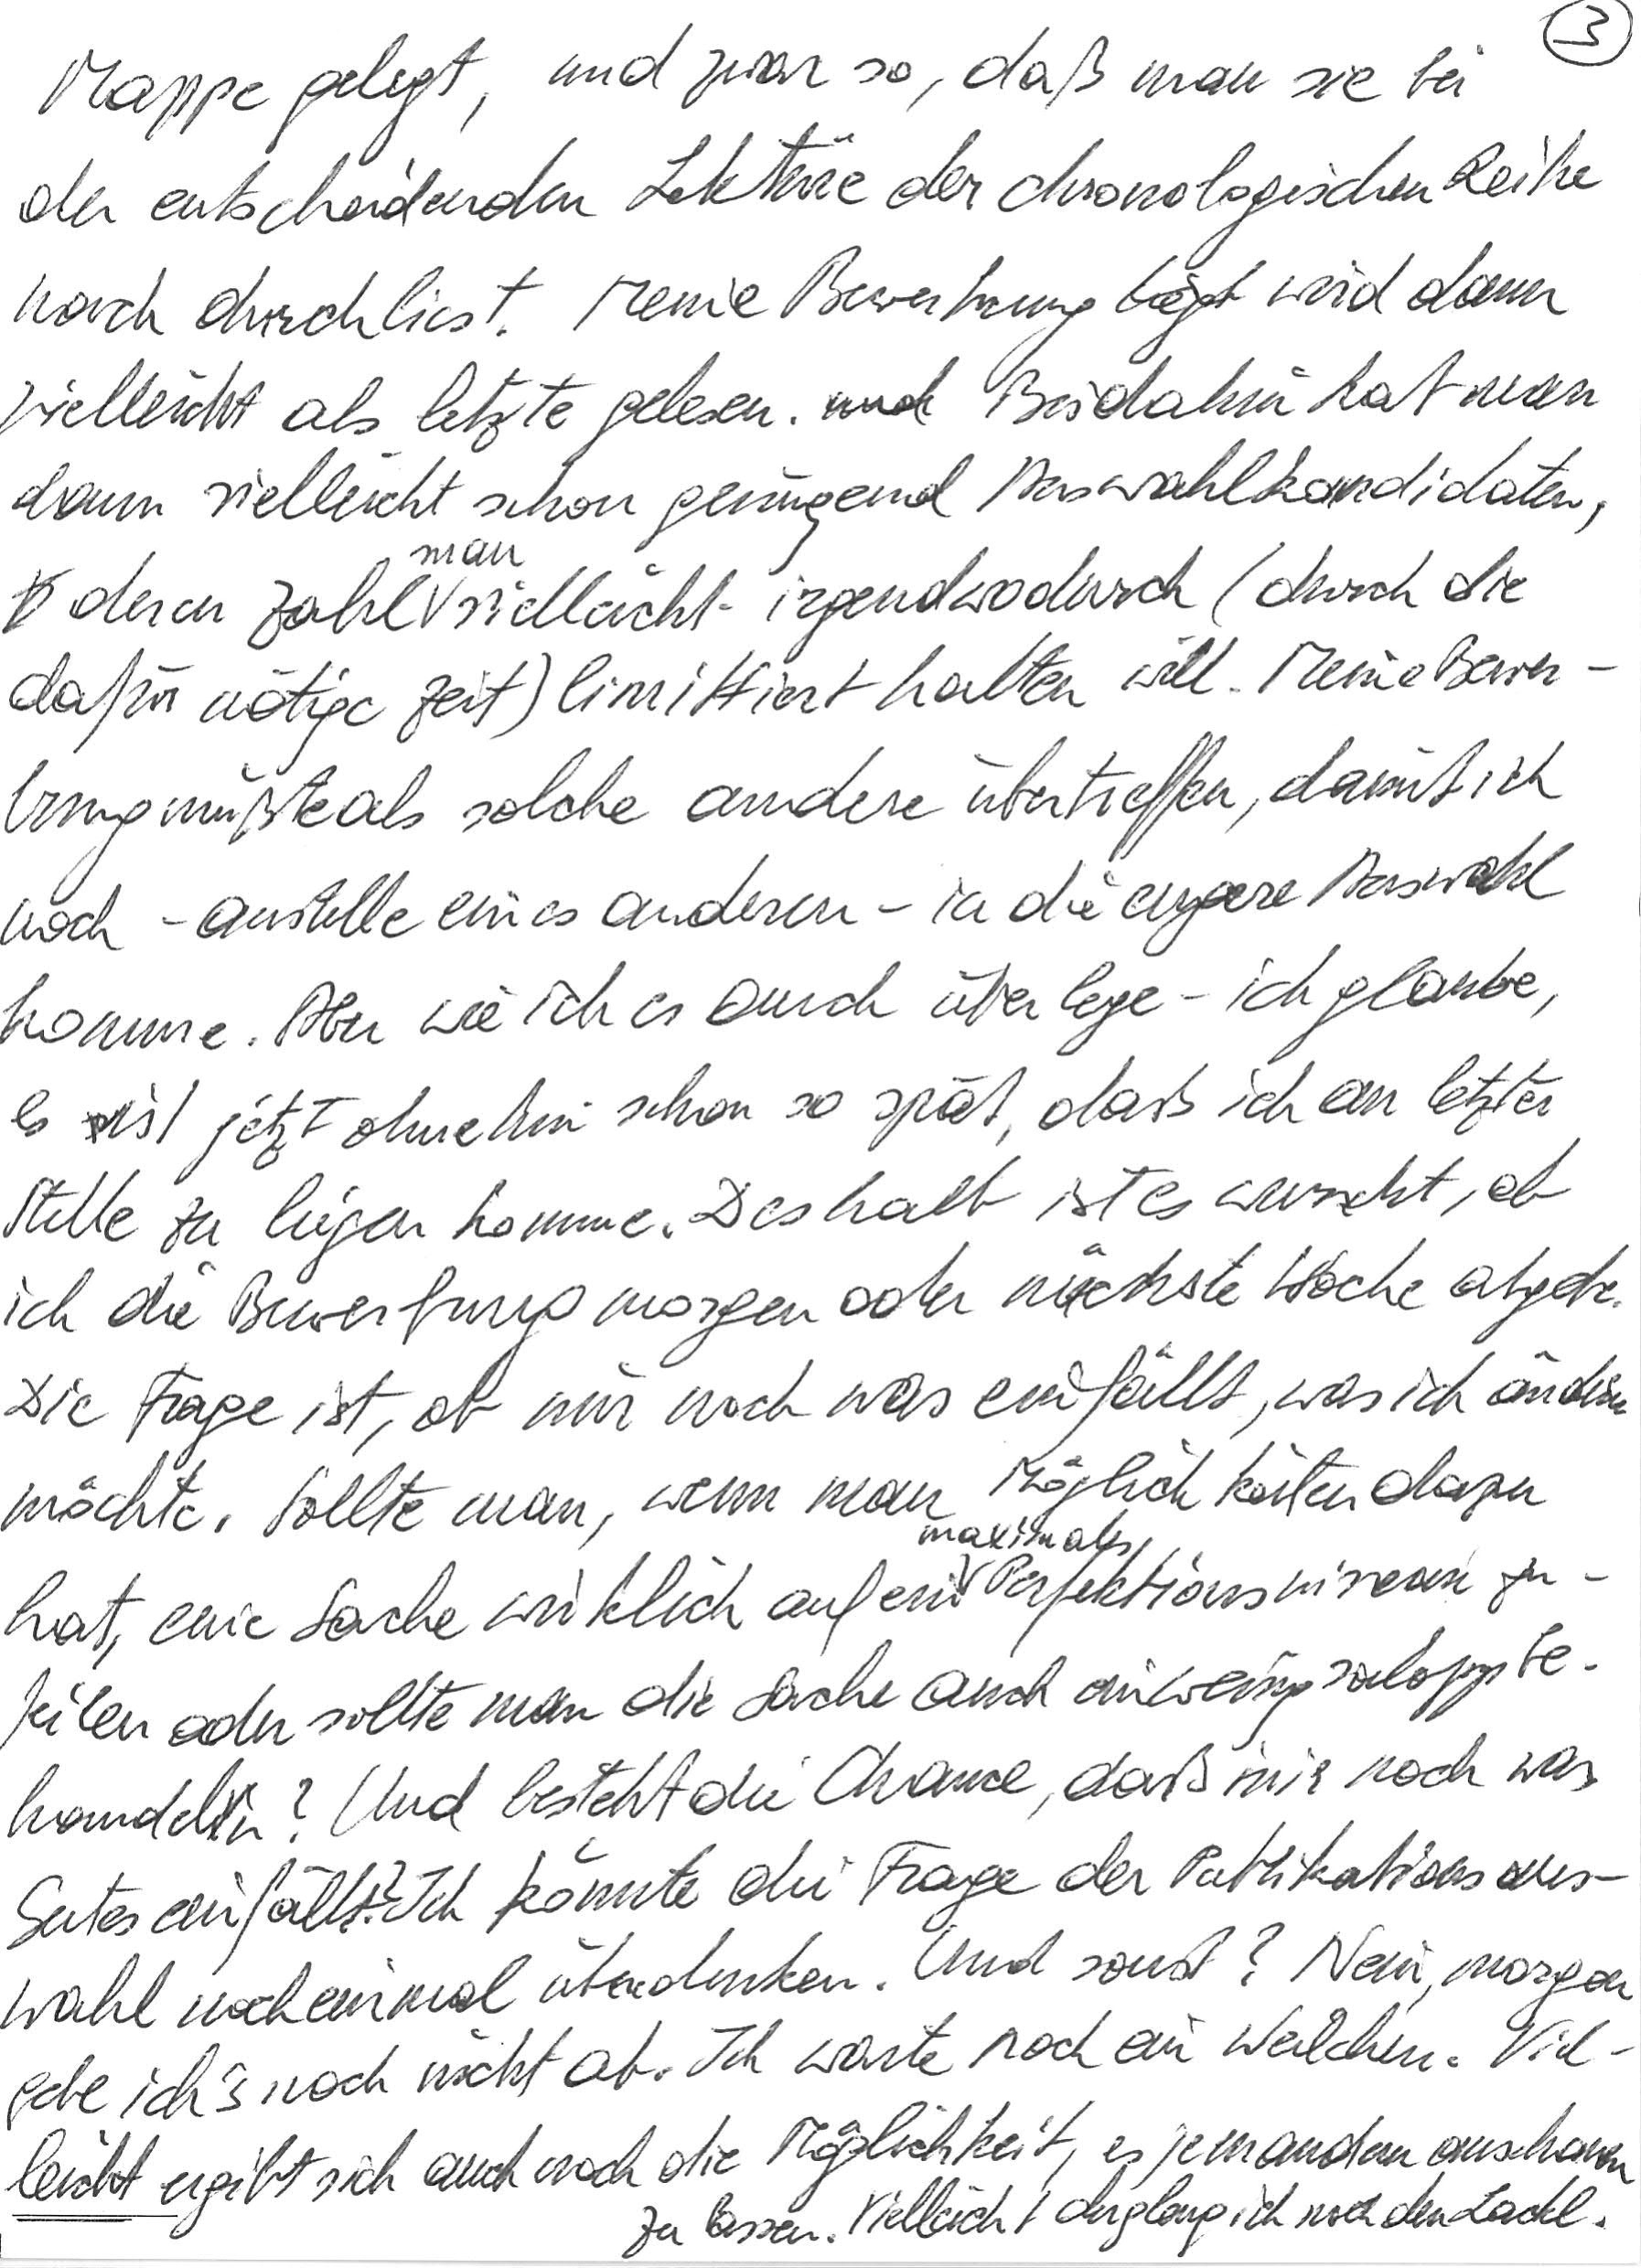
Mappe gelegt, und zwar so, daß man sie bei
der entscheidenden Lektüre der chronologischen Reihe
nach durchliest. Meine Bewerbung wird dann
vielleicht als letzte gelesen. Bis dahin hat man
dann vielleicht schon genügend Auswahlkandidaten,
deren Zahl man vielleicht irgendwodurch (durch die
dafür nötige Zeit) limittiert halten will. Meine Bewer-
bung müßte als solche andere übertreffen, damit ich
noch – anstelle eines anderen – in die engere Auswahl
komme. Aber wie ich es auch überlege – ich glaube,
es ist jetzt ohnehin schon so spät, daß ich an letzter
Stelle zu liegen komme. Deshalb ist es wurscht, ob
ich die Bewerbung morgen oder nächste Woche abgebe.
Die Frage ist, ob mir noch was einfällt, was ich ändern
möchte. Sollte man, wenn man Möglichkeiten dazu
hat, eine Sache wirklich auf ein maximales Perfektionsniveau zu-
feilen oder sollte man die Sache auch ein wenig salopp be-
handeln? Und besteht die Chance, daß mir noch was
Gutes einfällt? Ich könnte die Frage der Publikationsaus-
wahl noch einmal überdenken. Und sonst? Nein, morgen
gebe ich’s noch nicht ab. Ich warte noch ein Weilchen. Viel-
leicht ergibt sich auch noch die Möglichkeit, es jemandem anschauen
zu lassen. Vielleicht dergleng ich noch den Lackl.